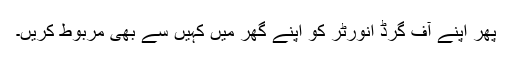
پھر اپنے آف گرڈ انورٹر کو اپنے گھر میں کہیں سے بھی مربوط کریں۔